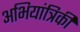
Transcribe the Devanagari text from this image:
अभियांत्रिकी